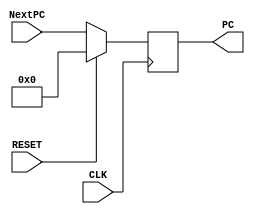
module programcounter(CLK,RESET,PC,NextPC);

	input CLK,RESET;

	input [7:0] NextPC;

	output reg [7:0] PC; 


	always @ (posedge CLK) begin    //always block to keep track of and modify PC
		if(RESET) begin 
			PC <= 8'b00000000;
		end else begin
			PC <= NextPC;
		end
	end
endmodule